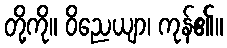
တို့ကို။ ဝိညေယျာ၊ ကုန်၏။